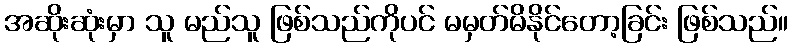
အဆိုးဆုံးမှာ သူ မည်သူ ဖြစ်သည်ကိုပင် မမှတ်မိနိုင်တော့ခြင်း ဖြစ်သည်။